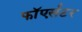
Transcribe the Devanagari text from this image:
फाॅएर्सटर